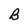
Character: B